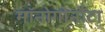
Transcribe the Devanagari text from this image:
मॉनोगोनौंटा